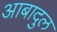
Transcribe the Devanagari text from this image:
आबादुल